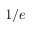
1 / e